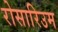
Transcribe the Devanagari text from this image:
रोसारिउम